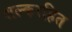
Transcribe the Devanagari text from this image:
शल्करहित